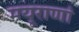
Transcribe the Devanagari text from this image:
मयूराणां